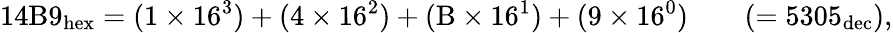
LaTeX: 14\mathrm{B}9_{\mathrm{hex}}=(1\times 16^{3})+(4\times 16^{2})+(\mathrm{B}\times 16^{1})+(9\times 16^{0})\qquad(=5305_{\mathrm{dec}}),